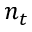
n _ { t }